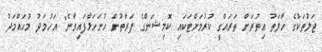
ޖަލުތަކުގެ ހާލަތު އިތުރަށް ތަރައްގީ ކުރުމަށްޓަކައި ކޮމިޝަންގެ ފަރާތުން ހުށަހަޅާފައިވާނެ" އަހުމަދު މުހައްމަދު